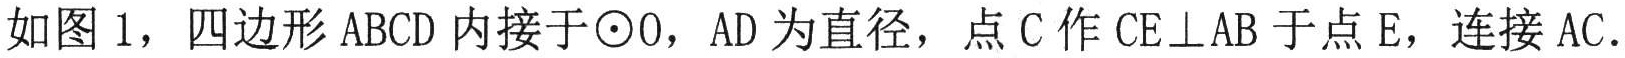
如图 1，四边形 \(ABCD\) 内接于\(\odot O\)，\(AD\) 为直径，点 \(C\) 作 \(CE\perp AB\) 于点 \(E\)，连接 \(AC\)。